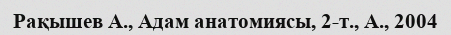
Рақышев А., Адам анатомиясы, 2-т., А., 2004